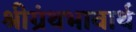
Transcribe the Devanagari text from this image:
श्रीग्रंथभावार्थ